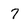
Character: 7